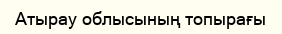
Атырау облысының топырағы